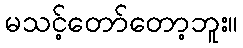
မသင့်တော်တော့ဘူး။